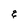
Character: q